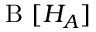
\textrm { B } [ H _ { A } ]